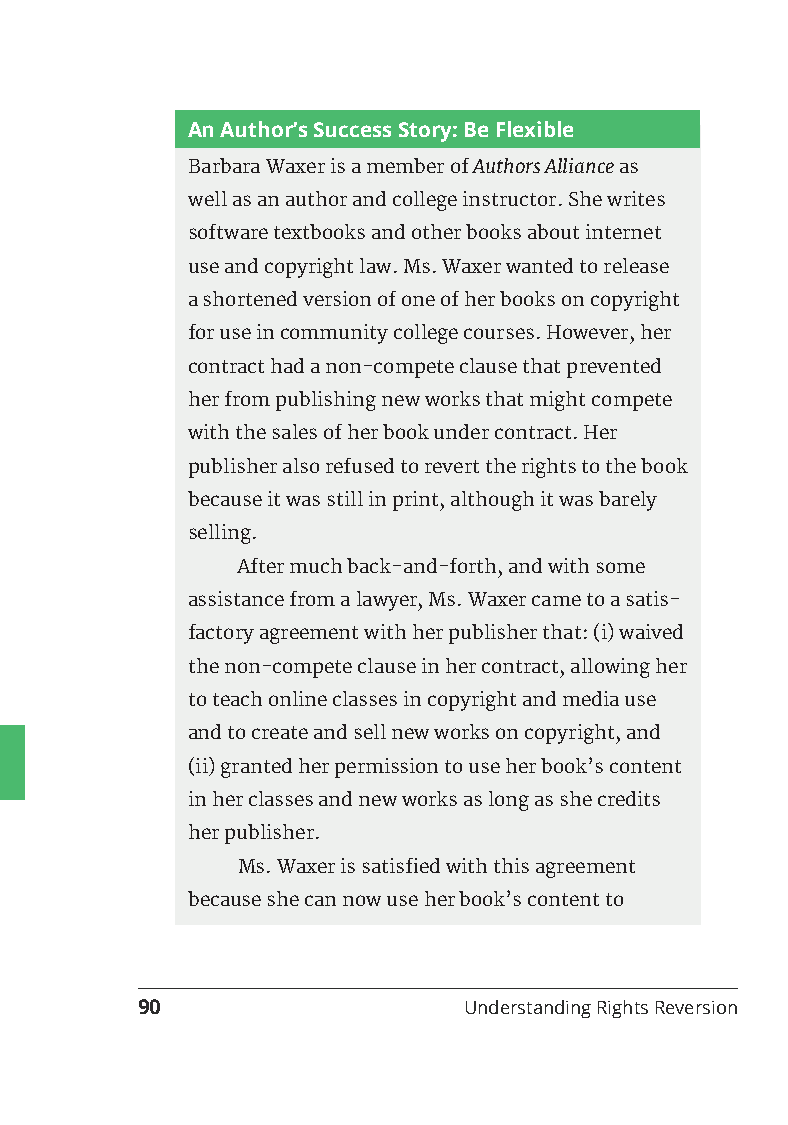
An Author’s Success Story: Be Flexible
 Barbara Waxer is a member of Authors Alliance as
 well as an author and college instructor. She writes
 software textbooks and other books about internet
 use and copyright law. Ms. Waxer wanted to release
 a shortened version of one of her books on copyright
 for use in community college courses. However, her
 contract had a non-compete clause that prevented
 her from publishing new works that might compete
 with the sales of her book under contract. Her
 publisher also refused to revert the rights to the book
 because it was still in print, although it was barely
 selling.
 After much back-and-forth, and with some
 assistance from a lawyer, Ms. Waxer came to a satis-
 factory agreement with her publisher that: (i) waived
 the non-compete clause in her contract, allowing her
 to teach online classes in copyright and media use
 and to create and sell new works on copyright, and
 (ii) granted her permission to use her book’s content
 in her classes and new works as long as she credits
 her publisher.
 Ms. Waxer is satisfied with this agreement
 because she can now use her book’s content to
 90                    Understanding Rights Reversion